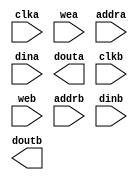
module sr_font(
  clka,
  wea,
  addra,
  dina,
  douta,
  clkb,
  web,
  addrb,
  dinb,
  doutb
);

input clka;
input [0 : 0] wea;
input [11 : 0] addra;
input [7 : 0] dina;
output [7 : 0] douta;
input clkb;
input [0 : 0] web;
input [11 : 0] addrb;
input [7 : 0] dinb;
output [7 : 0] doutb;

// synthesis translate_off

  BLK_MEM_GEN_V6_3 #(
    .C_ADDRA_WIDTH(12),
    .C_ADDRB_WIDTH(12),
    .C_ALGORITHM(1),
    .C_AXI_ID_WIDTH(4),
    .C_AXI_SLAVE_TYPE(0),
    .C_AXI_TYPE(1),
    .C_BYTE_SIZE(9),
    .C_COMMON_CLK(0),
    .C_DEFAULT_DATA("0"),
    .C_DISABLE_WARN_BHV_COLL(0),
    .C_DISABLE_WARN_BHV_RANGE(0),
    .C_ENABLE_32BIT_ADDRESS(0),
    .C_FAMILY("spartan3"),
    .C_HAS_AXI_ID(0),
    .C_HAS_ENA(0),
    .C_HAS_ENB(0),
    .C_HAS_INJECTERR(0),
    .C_HAS_MEM_OUTPUT_REGS_A(0),
    .C_HAS_MEM_OUTPUT_REGS_B(0),
    .C_HAS_MUX_OUTPUT_REGS_A(0),
    .C_HAS_MUX_OUTPUT_REGS_B(0),
    .C_HAS_REGCEA(0),
    .C_HAS_REGCEB(0),
    .C_HAS_RSTA(0),
    .C_HAS_RSTB(0),
    .C_HAS_SOFTECC_INPUT_REGS_A(0),
    .C_HAS_SOFTECC_OUTPUT_REGS_B(0),
    .C_INIT_FILE_NAME("sr_font.mif"),
    .C_INITA_VAL("0"),
    .C_INITB_VAL("0"),
    .C_INTERFACE_TYPE(0),
    .C_LOAD_INIT_FILE(1),
    .C_MEM_TYPE(2),
    .C_MUX_PIPELINE_STAGES(0),
    .C_PRIM_TYPE(1),
    .C_READ_DEPTH_A(4096),
    .C_READ_DEPTH_B(4096),
    .C_READ_WIDTH_A(8),
    .C_READ_WIDTH_B(8),
    .C_RST_PRIORITY_A("CE"),
    .C_RST_PRIORITY_B("CE"),
    .C_RST_TYPE("SYNC"),
    .C_RSTRAM_A(0),
    .C_RSTRAM_B(0),
    .C_SIM_COLLISION_CHECK("ALL"),
    .C_USE_BYTE_WEA(0),
    .C_USE_BYTE_WEB(0),
    .C_USE_DEFAULT_DATA(0),
    .C_USE_ECC(0),
    .C_USE_SOFTECC(0),
    .C_WEA_WIDTH(1),
    .C_WEB_WIDTH(1),
    .C_WRITE_DEPTH_A(4096),
    .C_WRITE_DEPTH_B(4096),
    .C_WRITE_MODE_A("WRITE_FIRST"),
    .C_WRITE_MODE_B("WRITE_FIRST"),
    .C_WRITE_WIDTH_A(8),
    .C_WRITE_WIDTH_B(8),
    .C_XDEVICEFAMILY("spartan3a")
  )
  inst (
    .CLKA(clka),
    .WEA(wea),
    .ADDRA(addra),
    .DINA(dina),
    .DOUTA(douta),
    .CLKB(clkb),
    .WEB(web),
    .ADDRB(addrb),
    .DINB(dinb),
    .DOUTB(doutb),
    .RSTA(),
    .ENA(),
    .REGCEA(),
    .RSTB(),
    .ENB(),
    .REGCEB(),
    .INJECTSBITERR(),
    .INJECTDBITERR(),
    .SBITERR(),
    .DBITERR(),
    .RDADDRECC(),
    .S_ACLK(),
    .S_ARESETN(),
    .S_AXI_AWID(),
    .S_AXI_AWADDR(),
    .S_AXI_AWLEN(),
    .S_AXI_AWSIZE(),
    .S_AXI_AWBURST(),
    .S_AXI_AWVALID(),
    .S_AXI_AWREADY(),
    .S_AXI_WDATA(),
    .S_AXI_WSTRB(),
    .S_AXI_WLAST(),
    .S_AXI_WVALID(),
    .S_AXI_WREADY(),
    .S_AXI_BID(),
    .S_AXI_BRESP(),
    .S_AXI_BVALID(),
    .S_AXI_BREADY(),
    .S_AXI_ARID(),
    .S_AXI_ARADDR(),
    .S_AXI_ARLEN(),
    .S_AXI_ARSIZE(),
    .S_AXI_ARBURST(),
    .S_AXI_ARVALID(),
    .S_AXI_ARREADY(),
    .S_AXI_RID(),
    .S_AXI_RDATA(),
    .S_AXI_RRESP(),
    .S_AXI_RLAST(),
    .S_AXI_RVALID(),
    .S_AXI_RREADY(),
    .S_AXI_INJECTSBITERR(),
    .S_AXI_INJECTDBITERR(),
    .S_AXI_SBITERR(),
    .S_AXI_DBITERR(),
    .S_AXI_RDADDRECC()
  );

// synthesis translate_on

endmodule